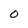
Character: 0